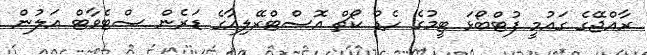
ރާއްޖޭގެ ގައުމީ ފުޓްބޯޅަ ޓީމުގެ ހެޑް ކޯޗް އޮސްޓްރޭލިއާގެ ޑަރެން ސްޓެވާޓް އަލުން